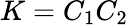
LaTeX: K=C_{1}C_{2}